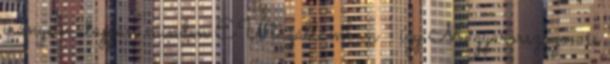
irány­elv alap­ján min­den EU tag­ál­lam­ban - így Ma­gyar­or­szá­gon is